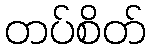
တပ်စိတ်